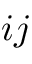
i j